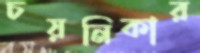
চয়নিকার